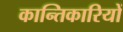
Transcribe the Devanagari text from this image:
कान्तिकारियों